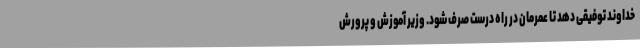
خداوند توفیقی دهد تا عمرمان در راه درست صرف شود. وزیر آموزش و پرورش